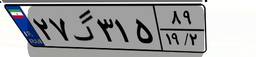
۲۷گ۳۱۵۸۹